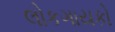
લોકગાયકો